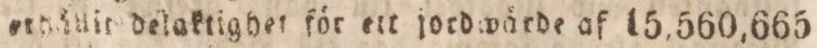
ethållit delaktighet för ett jordwärde af 15,560,665